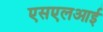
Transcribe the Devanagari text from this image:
एसएलआई